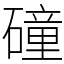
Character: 䃥